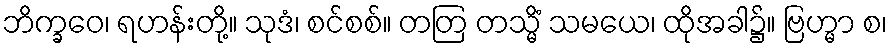
ဘိက္ခဝေ၊ ရဟန်းတို့။ သုဒံ၊ စင်စစ်။ တတြ တသ္မိံ သမယေ၊ ထိုအခါ၌။ ဗြဟ္မာ စ၊